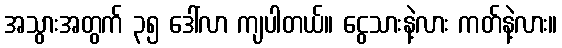
အသွားအတွက် ၃၅ ဒေါ်လာ ကျပါတယ်။ ငွေသားနဲ့လား ကတ်နဲ့လား။